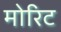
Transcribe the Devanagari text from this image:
मोरिट